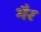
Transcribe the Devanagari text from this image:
भैर